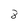
Character: 8